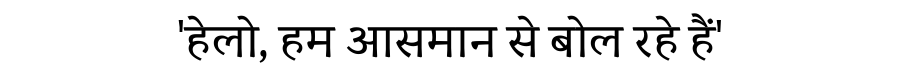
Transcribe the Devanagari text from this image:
'हेलो, हम आसमान से बोल रहे हैं'